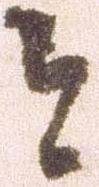
今